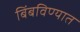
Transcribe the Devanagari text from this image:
बिंबविण्यात